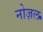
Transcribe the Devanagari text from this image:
नोज़ल